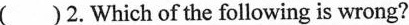
( )2. Which of the following is wrong?